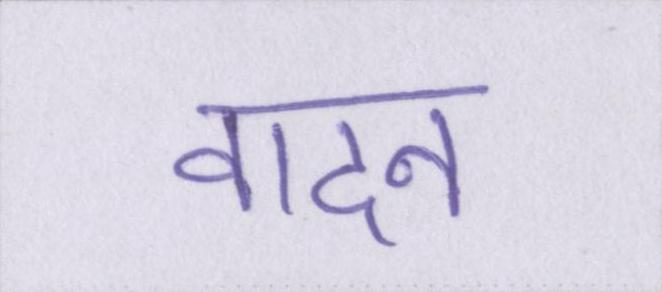
वादन